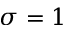
\sigma = 1